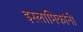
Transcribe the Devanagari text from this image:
इस्लामिकांनी